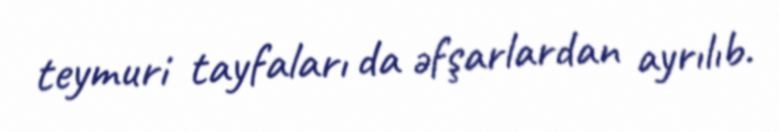
teymuri tayfaları da əfşarlardan ayrılıb.